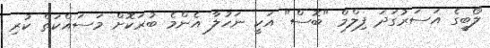
ލޯބީގެ އަސަރުގަދަ ފިލްމް "ބޮސް" އަކީ ނަހުލާ އެންމެ ބުރަކޮށް މަސައްކަތް ކުރި